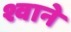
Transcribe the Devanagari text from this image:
श्वाने